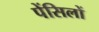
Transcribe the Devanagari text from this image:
पेंसिलों